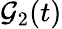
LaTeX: \mathcal{G}_{2}(t)